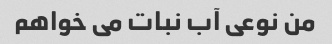
من نوعی آب نبات می خواهم